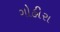
ગોહીરા